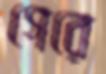
গেরে